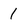
Character: 1